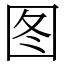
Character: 图